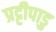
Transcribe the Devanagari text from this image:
प्रट्टीपाडु